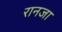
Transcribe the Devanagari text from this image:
रानजा